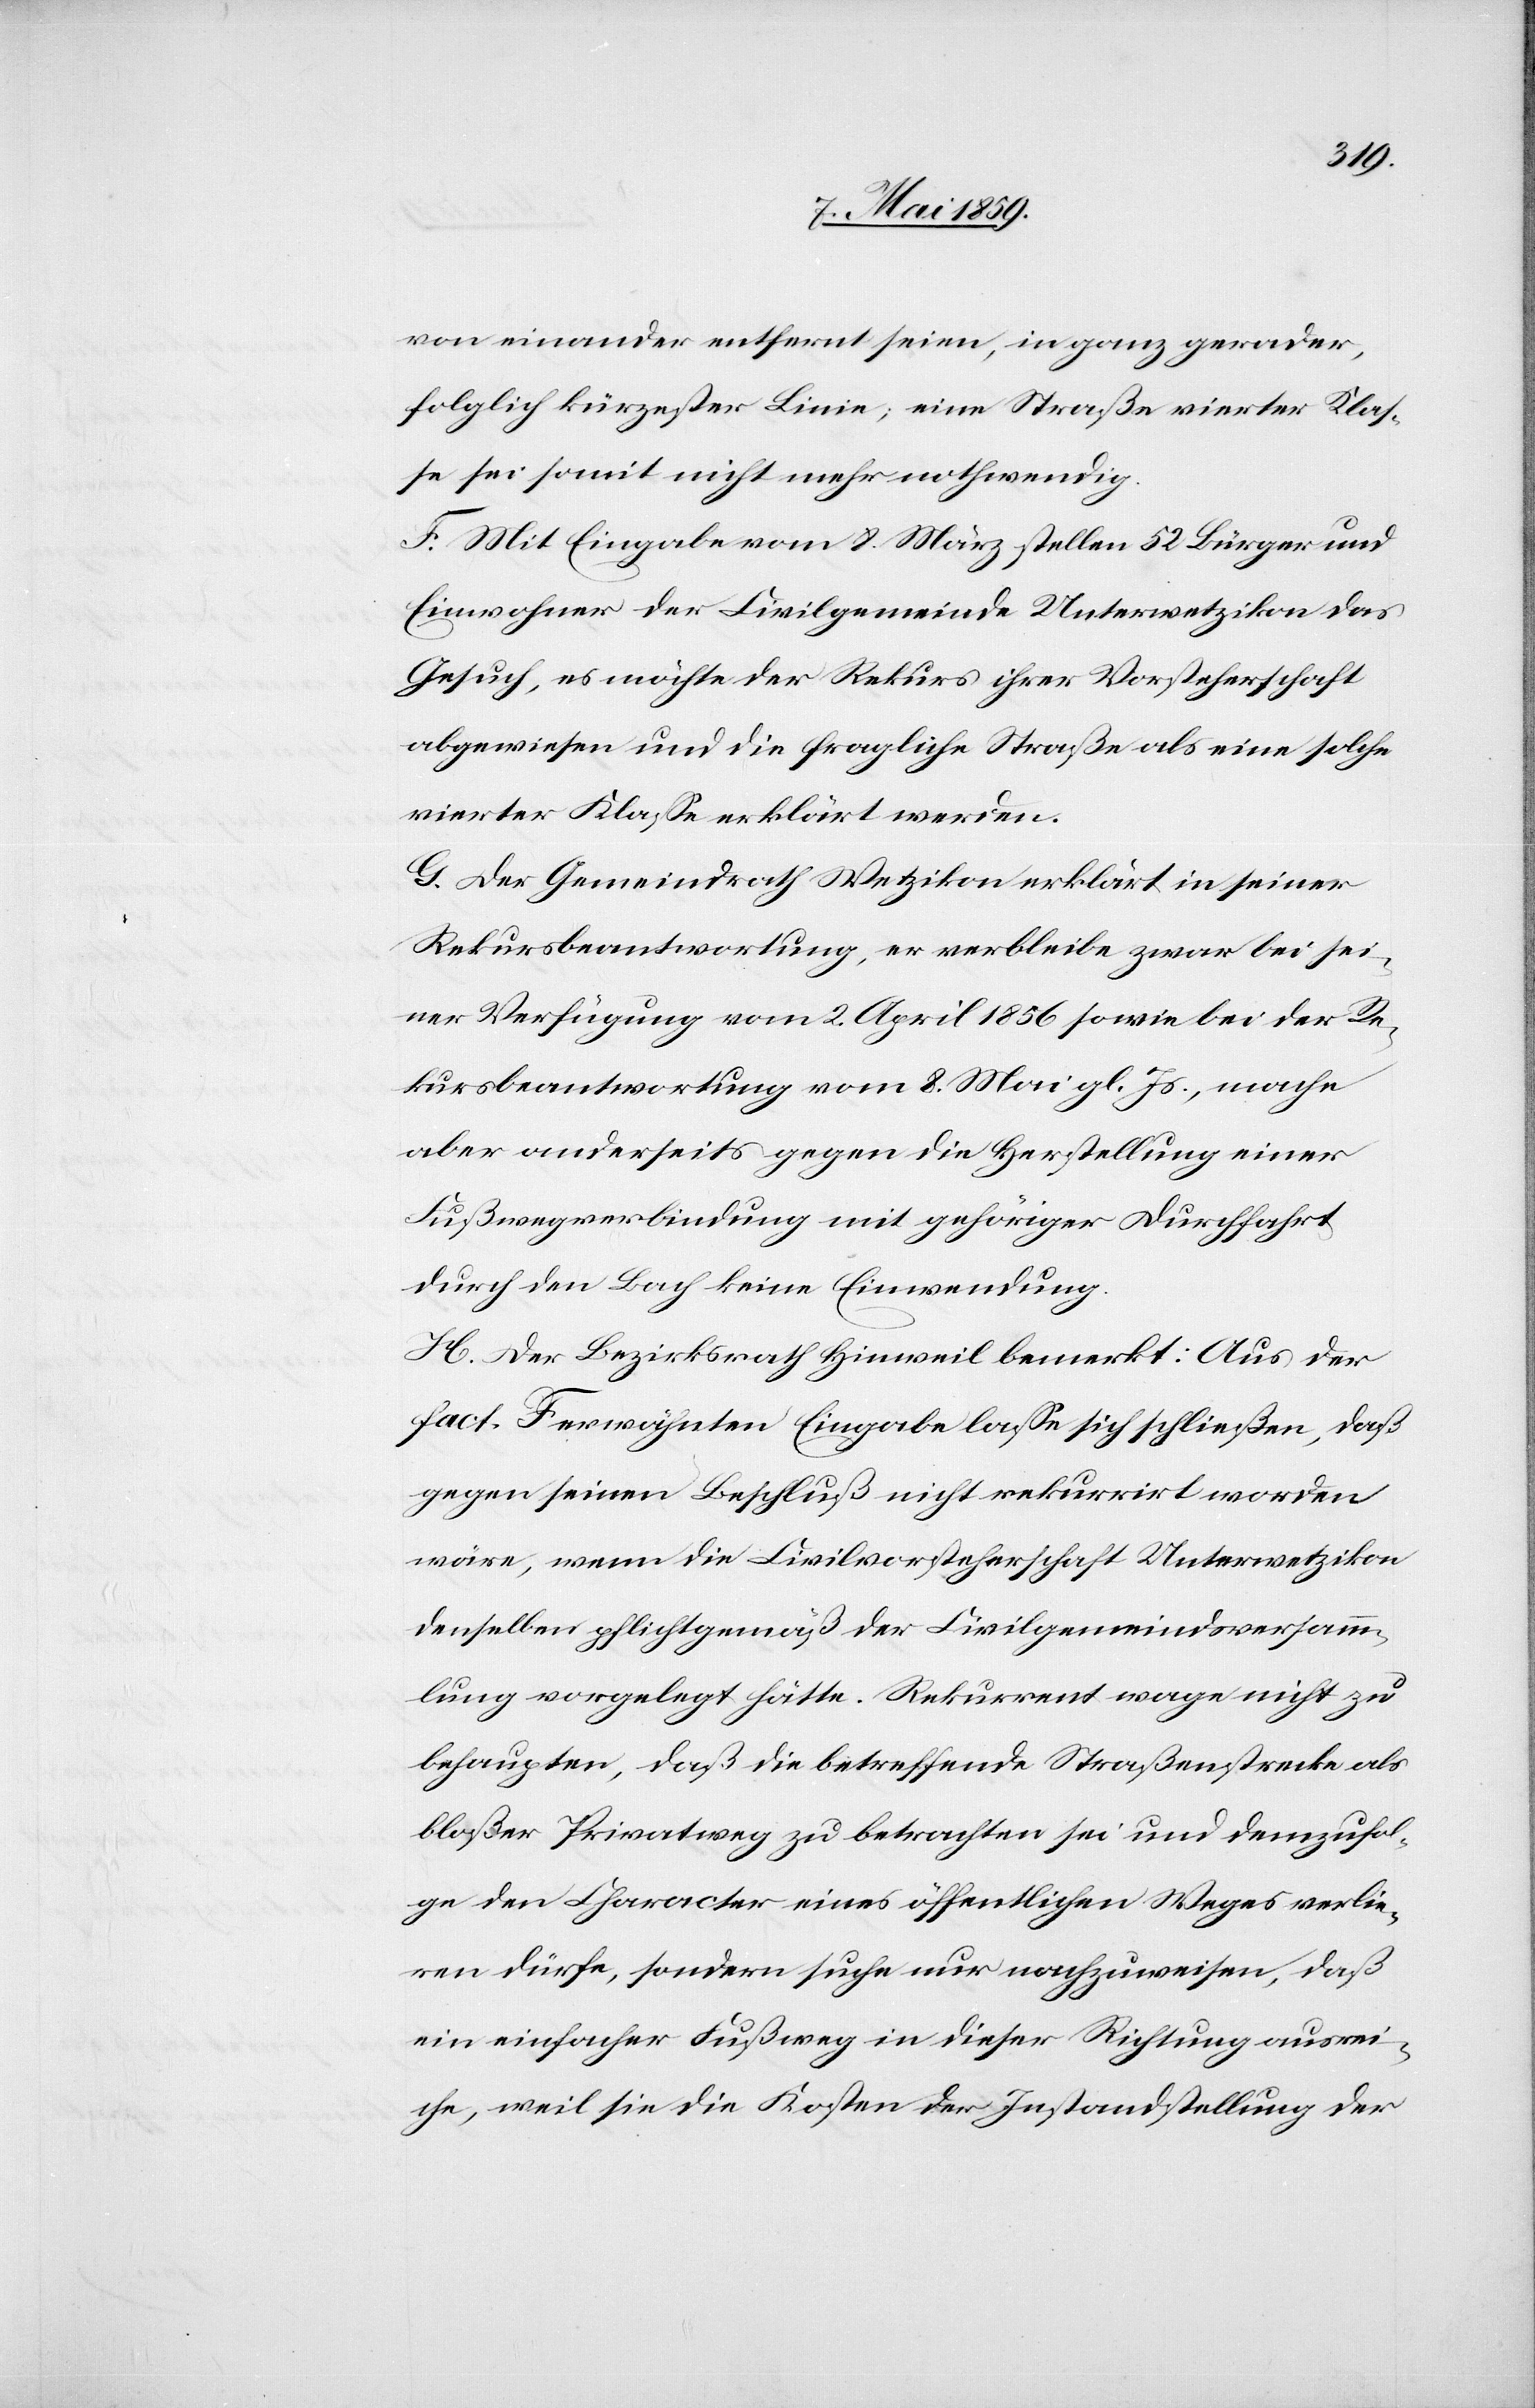
von einander entfernt seien, in ganz gerader,
folglich kürzester Linie; eine Straße vierter Klaß¬
e sei somit nicht mehr nothwendig.
F. Mit Eingabe vom 8. März stellen 53 Bürger und
Einwohner der Civilgemeinde Unterwetzikon das
Gesuch, es möchte der Rekurs ihrer Vorsteherschaft
abgewiesen und die fragliche Straße als eine solche
vierter Klaße erklärt werden.
G. Der Gemeindrath Wetzikon erklärt in seiner
Rekursbeantwortung, er verbleibe zwar bei sei¬
ner Verfügung vom 2. April 1856 sowie bei der Re¬
kursbeantwortung vom 8. Mai gl. Js., mache
aber anderseits gegen die Herstellung einer
Fußwegverbindung mit gehöriger Durchfahrt
durch den Bach keine Einwendung.
H. Der Bezirksrath Hinweil bemerkt: Aus der
fact. F erwähnten Eingabe laße sich schließen, daß
gegen seinen Beschluß nicht rekurrirt worden
wäre, wenn die Civilvorsteherschaft Unterwetzikon
denselben pflichtgemäß der Civilgemeindsversamm¬
lung vorgelegt hätte. Rekurrent wage nicht zu
behaupten, daß die betreffende Straßenstrecke als
bloßer Privatweg zu betrachten sei und demzufol¬
ge den Character eines öffentlichen Weges verlie¬
ren dürfe, sondern suche nur nachzuweisen, daß
ein einfacher Fußweg in dieser Richtung ausrei¬
che, weil sie die Kosten der Instandstellung der